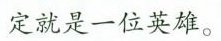
定就是一位英雄。